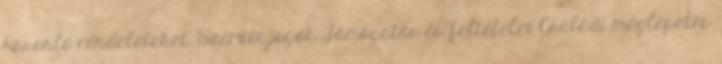
hasonló rendeleteket. Szerzői jogok Támogatás és feltételei Családi meglepetés